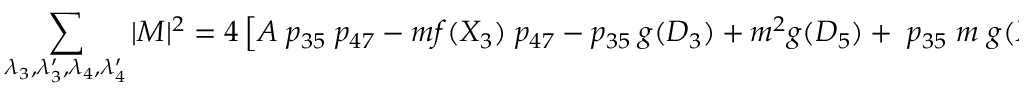
\sum _ { \lambda _ { 3 } , \lambda _ { 3 } ^ { \prime } , \lambda _ { 4 } , \lambda _ { 4 } ^ { \prime } } | M | ^ { 2 } = 4 \left[ A \; p _ { 3 5 } \; p _ { 4 7 } - m f ( X _ { 3 } ) \; p _ { 4 7 } - p _ { 3 5 } \: g ( D _ { 3 } ) + m ^ { 2 } g ( D _ { 5 } ) + \; p _ { 3 5 } \; m \; g ( X _ { 4 } ) \right]